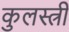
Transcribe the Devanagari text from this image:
कुलस्त्री